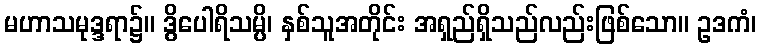
မဟာသမုဒ္ဒရာ၌။ ဒွိပေါရိသမ္ပိ၊ နှစ်သူအတိုင်း အရှည်ရှိသည်လည်းဖြစ်သော။ ဥဒကံ၊